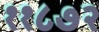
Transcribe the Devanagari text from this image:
११८७२